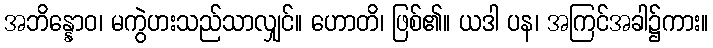
အဘိန္နောဝ၊ မကွဲပားသည်သာလျှင်။ ဟောတိ၊ ဖြစ်၏။ ယဒါ ပန၊ အကြင်အခါ၌ကား။